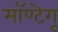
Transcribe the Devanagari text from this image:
मॉण्टेगू